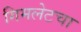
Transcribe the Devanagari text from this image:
गिमलेटचा